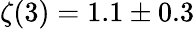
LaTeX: \zeta(3)=1.1\pm 0.3